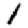
Digit: 1